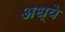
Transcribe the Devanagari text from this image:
अध्ये